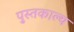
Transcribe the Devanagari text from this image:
पुस्तकाल्य